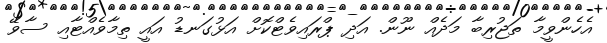
އެހެންވީމާ ތަޖުރިބާ މަދެއް ނޫން. އަދި ޕްރައިވެޓްކޮށް އަޅުގަނޑު އައީ ތިމާވެއްޓާއި ސާވޭ